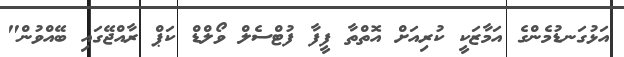
އަޅުގަނޑުމެންގެ އަމާޒަކީ ކުރިއަށް އޮތްތާ ފީފާ ފުޓްސެލް ވޯލްޑް ކަޕް ރާއްޖޭގައި ބޭއްވުން"